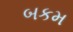
બકમ